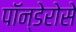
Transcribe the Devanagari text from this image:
पॉन्डेरोसे